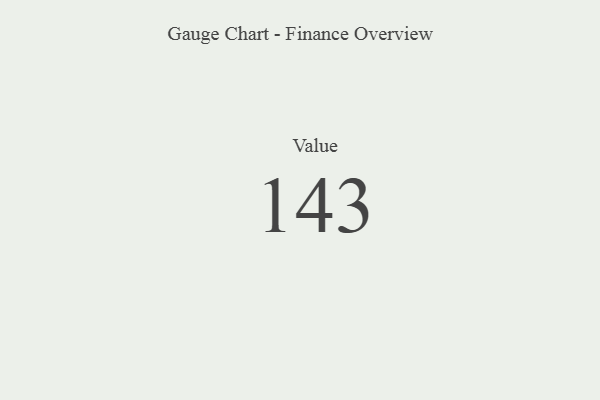
{"axis": {"x": "Metric", "y": "Value"}, "legend": [""], "data": [{"x": "Value", "y": 143, "type": ""}]}